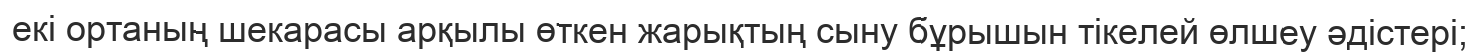
екі ортаның шекарасы арқылы өткен жарықтың сыну бұрышын тікелей өлшеу әдістері;